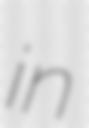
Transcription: in